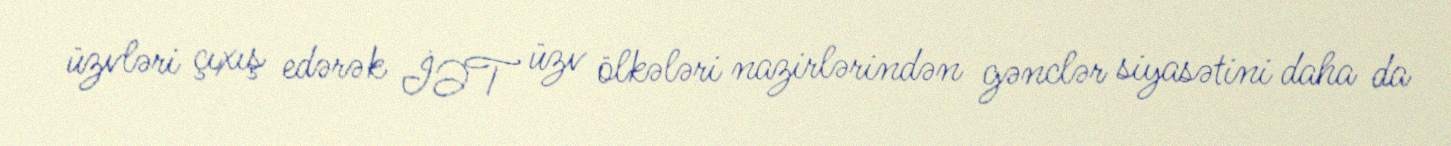
üzvləri çıxış edərək İƏT üzv ölkələri nazirlərindən gənclər siyasətini daha da